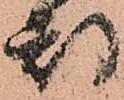
都